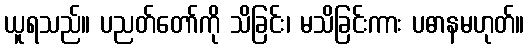
ယူရသည်။ ပညတ်တော်ကို သိခြင်း၊ မသိခြင်းကား ပဓာနမဟုတ်။